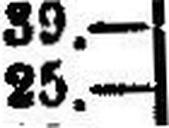
25.—